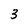
Character: 3